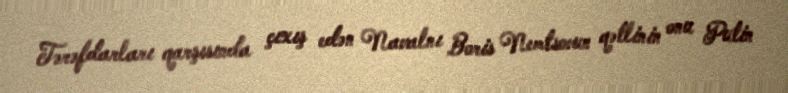
Tərəfdarları qarşısında çıxış edən Navalnı Boris Nemtsovun qətlinin onu Putin